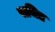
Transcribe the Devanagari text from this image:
पाचित्र